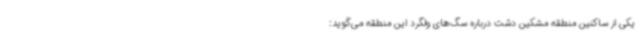
یکی از ساکنین منطقه مشکین دشت درباره سگ‌های ولگرد این منطقه می‌گوید: